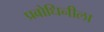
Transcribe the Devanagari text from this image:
प्रबोधिनीला